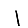
Digit: 1